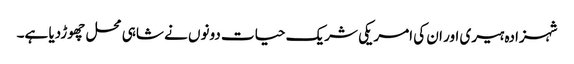
شہزادہ ہیری اور ان کی امریکی شریک حیات دونوں نے شاہی محل چھوڑدیا ہے۔